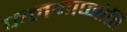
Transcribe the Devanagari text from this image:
फलमाप्नोति